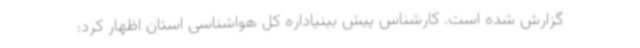
گزارش شده است. کارشناس پیش بینیاداره کل هواشناسی استان اظهار کرد: